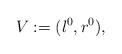
LaTeX: \begin{align*}V:=(l^0, r^0),\end{align*}